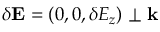
\delta \mathbf { E } = ( 0 , 0 , \delta E _ { z } ) \perp \mathbf { k }